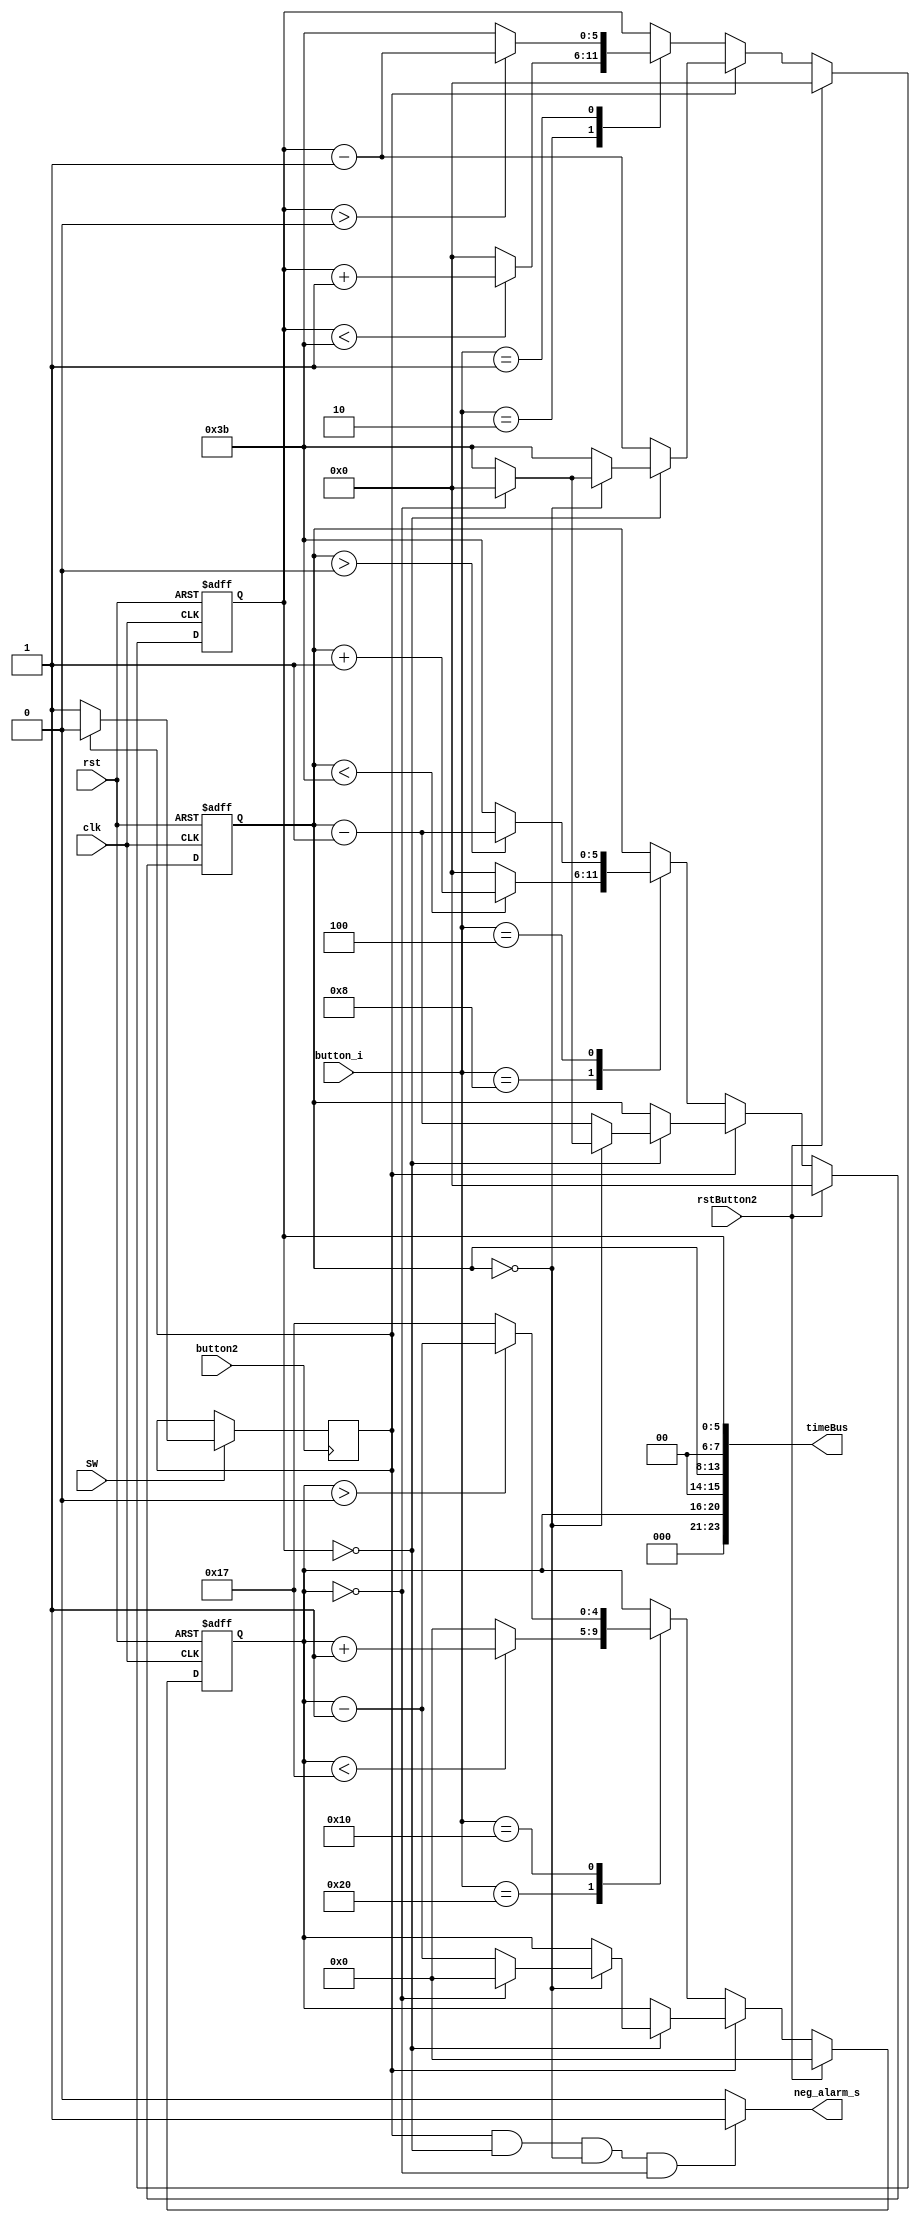
module negetiveTimer(
  input wire clk,
  input wire rst,
  input SW,
  input button2,
  input rstButton2,
  input [5:0] button_i,
  output[23:0] timeBus,
  output neg_alarm_s
);

  reg [5:0] seconds_internal;
  reg [5:0] minutes_internal;
  reg [4:0] hours_internal;
  reg button_temp_n;

  
  always @(posedge button2)
  begin if(SW) begin
  if(button_temp_n) button_temp_n = 0;  else button_temp_n = 1; end end
	
  always @(posedge clk or negedge rst) begin
     if (~rst) begin
      seconds_internal <= 0;
      minutes_internal <= 0;
      hours_internal <= 0; end 
	 else if(rstButton2) begin
      seconds_internal <= 0;
      minutes_internal <= 0;
      hours_internal <= 0; 	 
	 end
	 else begin
		if(button_temp_n) begin
			if (seconds_internal == 6'b000000) begin
			  seconds_internal <= 6'b111011;
			  minutes_internal <= minutes_internal - 1;
			  
				if (minutes_internal == 6'b000000) begin
				  minutes_internal <= 6'b111011;
				  hours_internal <= hours_internal - 1;
				  
					if (hours_internal == 5'b00000) begin
						hours_internal <= 5'b00000;
						minutes_internal <= 6'b000000;
						seconds_internal <= 6'b000000;
					end else begin
						hours_internal <= hours_internal - 1;
						end
				end else begin
				  minutes_internal <= minutes_internal - 1;
				end
			
			end else begin
			  seconds_internal <= seconds_internal - 1;
			end end
		else begin
			case(button_i)
				6'b100000: begin if(hours_internal<23) hours_internal <= hours_internal + 1; else hours_internal <= 0; end
				6'b010000: begin if(hours_internal>0) hours_internal <= hours_internal - 1; else hours_internal <= 23; end
				6'b001000: begin if(minutes_internal<59) minutes_internal <= minutes_internal + 1; else minutes_internal <= 0; end
				6'b000100: begin if(minutes_internal>0) minutes_internal <= minutes_internal - 1; else minutes_internal <= 59; end
				6'b000010: begin if(seconds_internal<59) seconds_internal <= seconds_internal + 1; else seconds_internal <= 0; end
				6'b000001: begin if(seconds_internal>0) seconds_internal <= seconds_internal - 1; else seconds_internal <= 59; end
				endcase end
    end
  end

  assign timeBus = {3'b000, hours_internal, 2'b00, minutes_internal, 2'b00, seconds_internal};
  assign neg_alarm_s = (button_temp_n && seconds_internal == 6'b000000 && minutes_internal == 6'b000000 && hours_internal == 5'b00000)?1:0;
  

endmodule